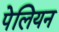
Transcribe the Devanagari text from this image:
पेलियन